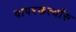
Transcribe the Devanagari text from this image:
वापरकर्त्यांस